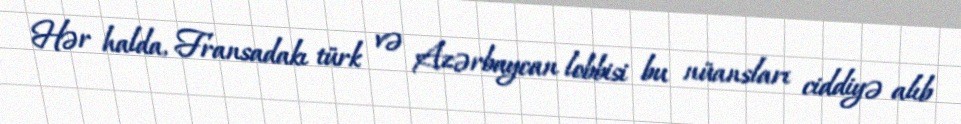
Hər halda, Fransadakı türk və Azərbaycan lobbisi bu nüansları ciddiyə alıb